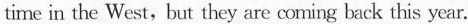
time in the West,but they are coming back this year.